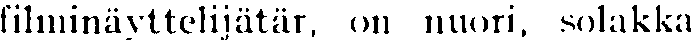
filminäyttelijätär, on nuori, solakka